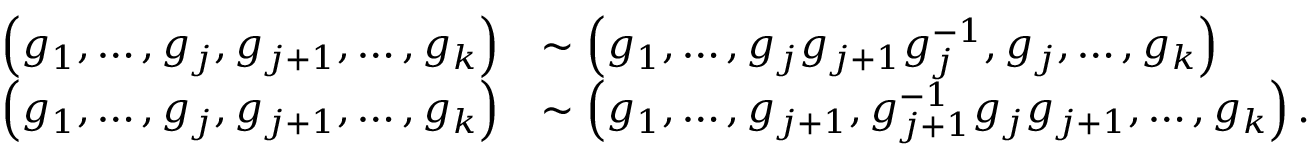
\begin{array} { r l } { \left( g _ { 1 } , \dots , g _ { j } , g _ { j + 1 } , \dots , g _ { k } \right) } & { \sim \left( g _ { 1 } , \dots , g _ { j } g _ { j + 1 } g _ { j } ^ { - 1 } , g _ { j } , \dots , g _ { k } \right) } \\ { \left( g _ { 1 } , \dots , g _ { j } , g _ { j + 1 } , \dots , g _ { k } \right) } & { \sim \left( g _ { 1 } , \dots , g _ { j + 1 } , g _ { j + 1 } ^ { - 1 } g _ { j } g _ { j + 1 } , \dots , g _ { k } \right) . } \end{array}